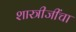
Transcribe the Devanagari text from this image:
शास्त्रीजींचा